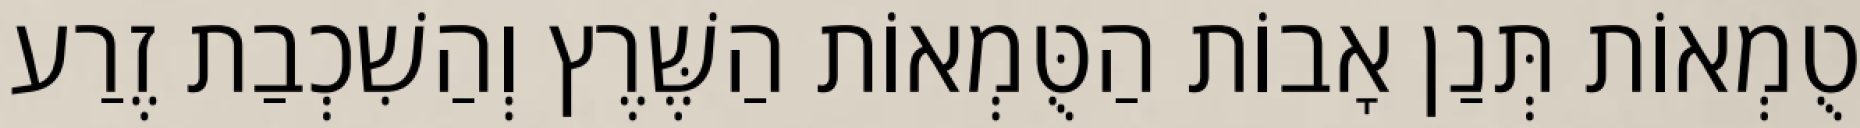
טֻמְאוֹת תְּנַן אָבוֹת הַטֻּמְאוֹת הַשֶּׁרֶץ וְהַשִׁכְבַת זֶרַע